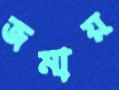
জমায়